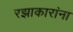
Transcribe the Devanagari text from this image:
रझाकारांना